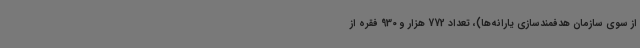
از سوی سازمان هدفمندسازی یارانه‌ها)، تعداد 772 هزار و 930 فقره از